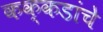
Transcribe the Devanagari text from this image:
कक्कडांचे